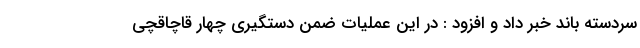
سردسته باند خبر داد و افزود : در این عملیات ضمن دستگیری چهار قاچاقچی